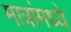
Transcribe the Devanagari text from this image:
मात्रांमध्ये